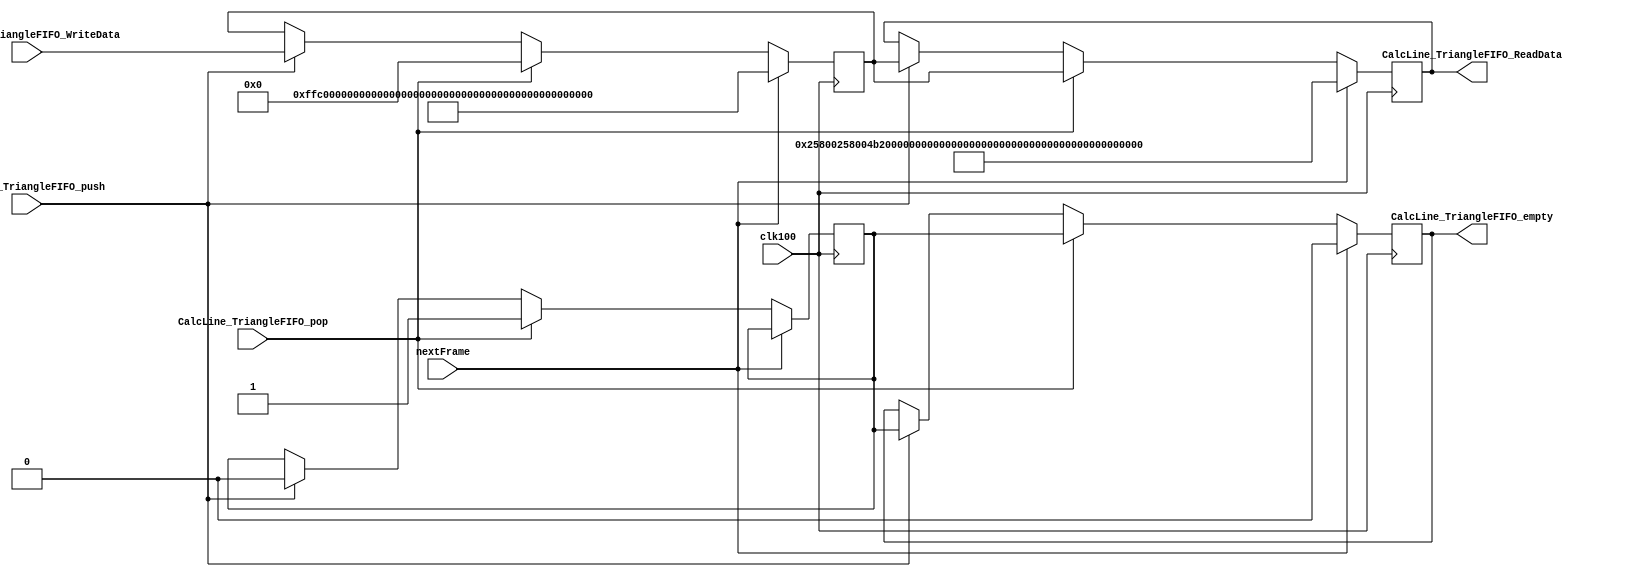
`timescale 1ns / 1ps
//////////////////////////////////////////////////////////////////////////////////
// Company: 
// Engineer: 
// 
// Design Name: 
// Module Name:    TriangleFIFOStub 
// Project Name: 
// Target Devices: 
// Tool versions: 
// Description: 
//
// Dependencies: 
//
// Revision: 
// Revision 0.01 - File Created
// Additional Comments: 
//
//////////////////////////////////////////////////////////////////////////////////
module TriangleFIFOStub(
    input clk100,
    output [223:0] CalcLine_TriangleFIFO_ReadData,
    input CalcLine_TriangleFIFO_pop,
    output CalcLine_TriangleFIFO_empty,
    input [223:0] CalcLine_TriangleFIFO_WriteData,
    input CalcLine_TriangleFIFO_push,
	 input nextFrame
    );

//assign {X1_in, X2_in, Xmid_in, Mlong_in, Mtop_in, Mbottom_in,
//        Ycurr_in, Ymid_in, Yend_in, Z1_in, MZ_in, NZ_in} = CalcLine_TriangleFIFO_ReadData[222:0];
//assign {R1_in, MR_in, NR_in, G1_in, MG_in, NG_in,
//        B1_in, MB_in, NB_in} = CalcLine_TriangleFIFO_ReadData[191:0];
//                    {      X1_in,     X2_in,     Xmid_in, Mlong_in,   Mtop_in,    Mbottom_in, Ycurr_in,Ymid_in, Yend_in, Z1_in,  MZ_in, NZ_in}
reg [223:0] TriBuf1 = {1'h0, 20'h4B000, 20'h4B000, 10'h258, 21'h1FFDF3, 21'h000423, 21'h1FEC00, 10'h00A, 10'h12C, 10'h190, 26'h10, 27'h0, 27'h0};
//                    {       R1_in,      MR_in, NR_in, G1_in, MG_in, NG_in, B1_in, MB_in, NB_in}
reg [223:0] TriBuf2 = {32'h0, 22'h3FF000, 23'h0, 23'h0, 22'h0, 23'h0, 23'h0, 18'h0, 19'h0, 19'h0};
//reg [414:0] TriBuf = {20'h4B000, 20'h4B000, 10'h258, 21'h1FFDF3, 21'h000423, 21'h1FEC00, 10'h00A, 10'h12C, 10'h190, 26'h10, 27'h0, 27'h0, 22'h3FF000, 23'h0, 23'h0, 22'h0, 23'h0, 23'h0, 18'h0, 19'h0, 19'h0};
reg empty1 = 0;
reg empty2 = 0;

assign CalcLine_TriangleFIFO_ReadData = TriBuf1;
assign CalcLine_TriangleFIFO_empty = empty1;

always@(posedge clk100)
begin
	if(nextFrame)
	begin
		TriBuf1 <= {1'h0, 20'h4B000, 20'h4B000, 10'h258, 21'h1FFDF3, 21'h000423, 21'h1FEC00, 10'h00A, 10'h12C, 10'h190, 26'h10, 27'h0, 27'h0};
		TriBuf2 <= {32'h0, 22'h3FF000, 23'h0, 23'h0, 22'h0, 23'h0, 23'h0, 18'h0, 19'h0, 19'h0};
		//TriBuf <= {20'h4B000, 20'h4B000, 10'h258, 21'h1FFDF3, 21'h000423, 21'h1FEC00, 10'h00A, 10'h12C, 10'h190, 26'h10, 27'h0, 27'h0, 22'h3FF000, 23'h0, 23'h0, 22'h0, 23'h0, 23'h0, 18'h0, 19'h0, 19'h0};
		empty1 <= 0;
		//empty2 <= 0;
	end
	else if(CalcLine_TriangleFIFO_pop)
	begin
		//CalcLine_TriangleFIFO_ReadData <= TriBuf1;
		TriBuf1 <= TriBuf2;
		TriBuf2 <= 0;
		empty1 <= empty2;
		empty2 <= 1;
	end
	else if(CalcLine_TriangleFIFO_push)
	begin
		TriBuf1 <= TriBuf2;
		TriBuf2 <= CalcLine_TriangleFIFO_WriteData;
		empty1 <= empty2;
		empty2 <= 0;
	end
end

endmodule